38_143685_box_Incident_Summaries_173-233
Agency: Department of War
Page 88
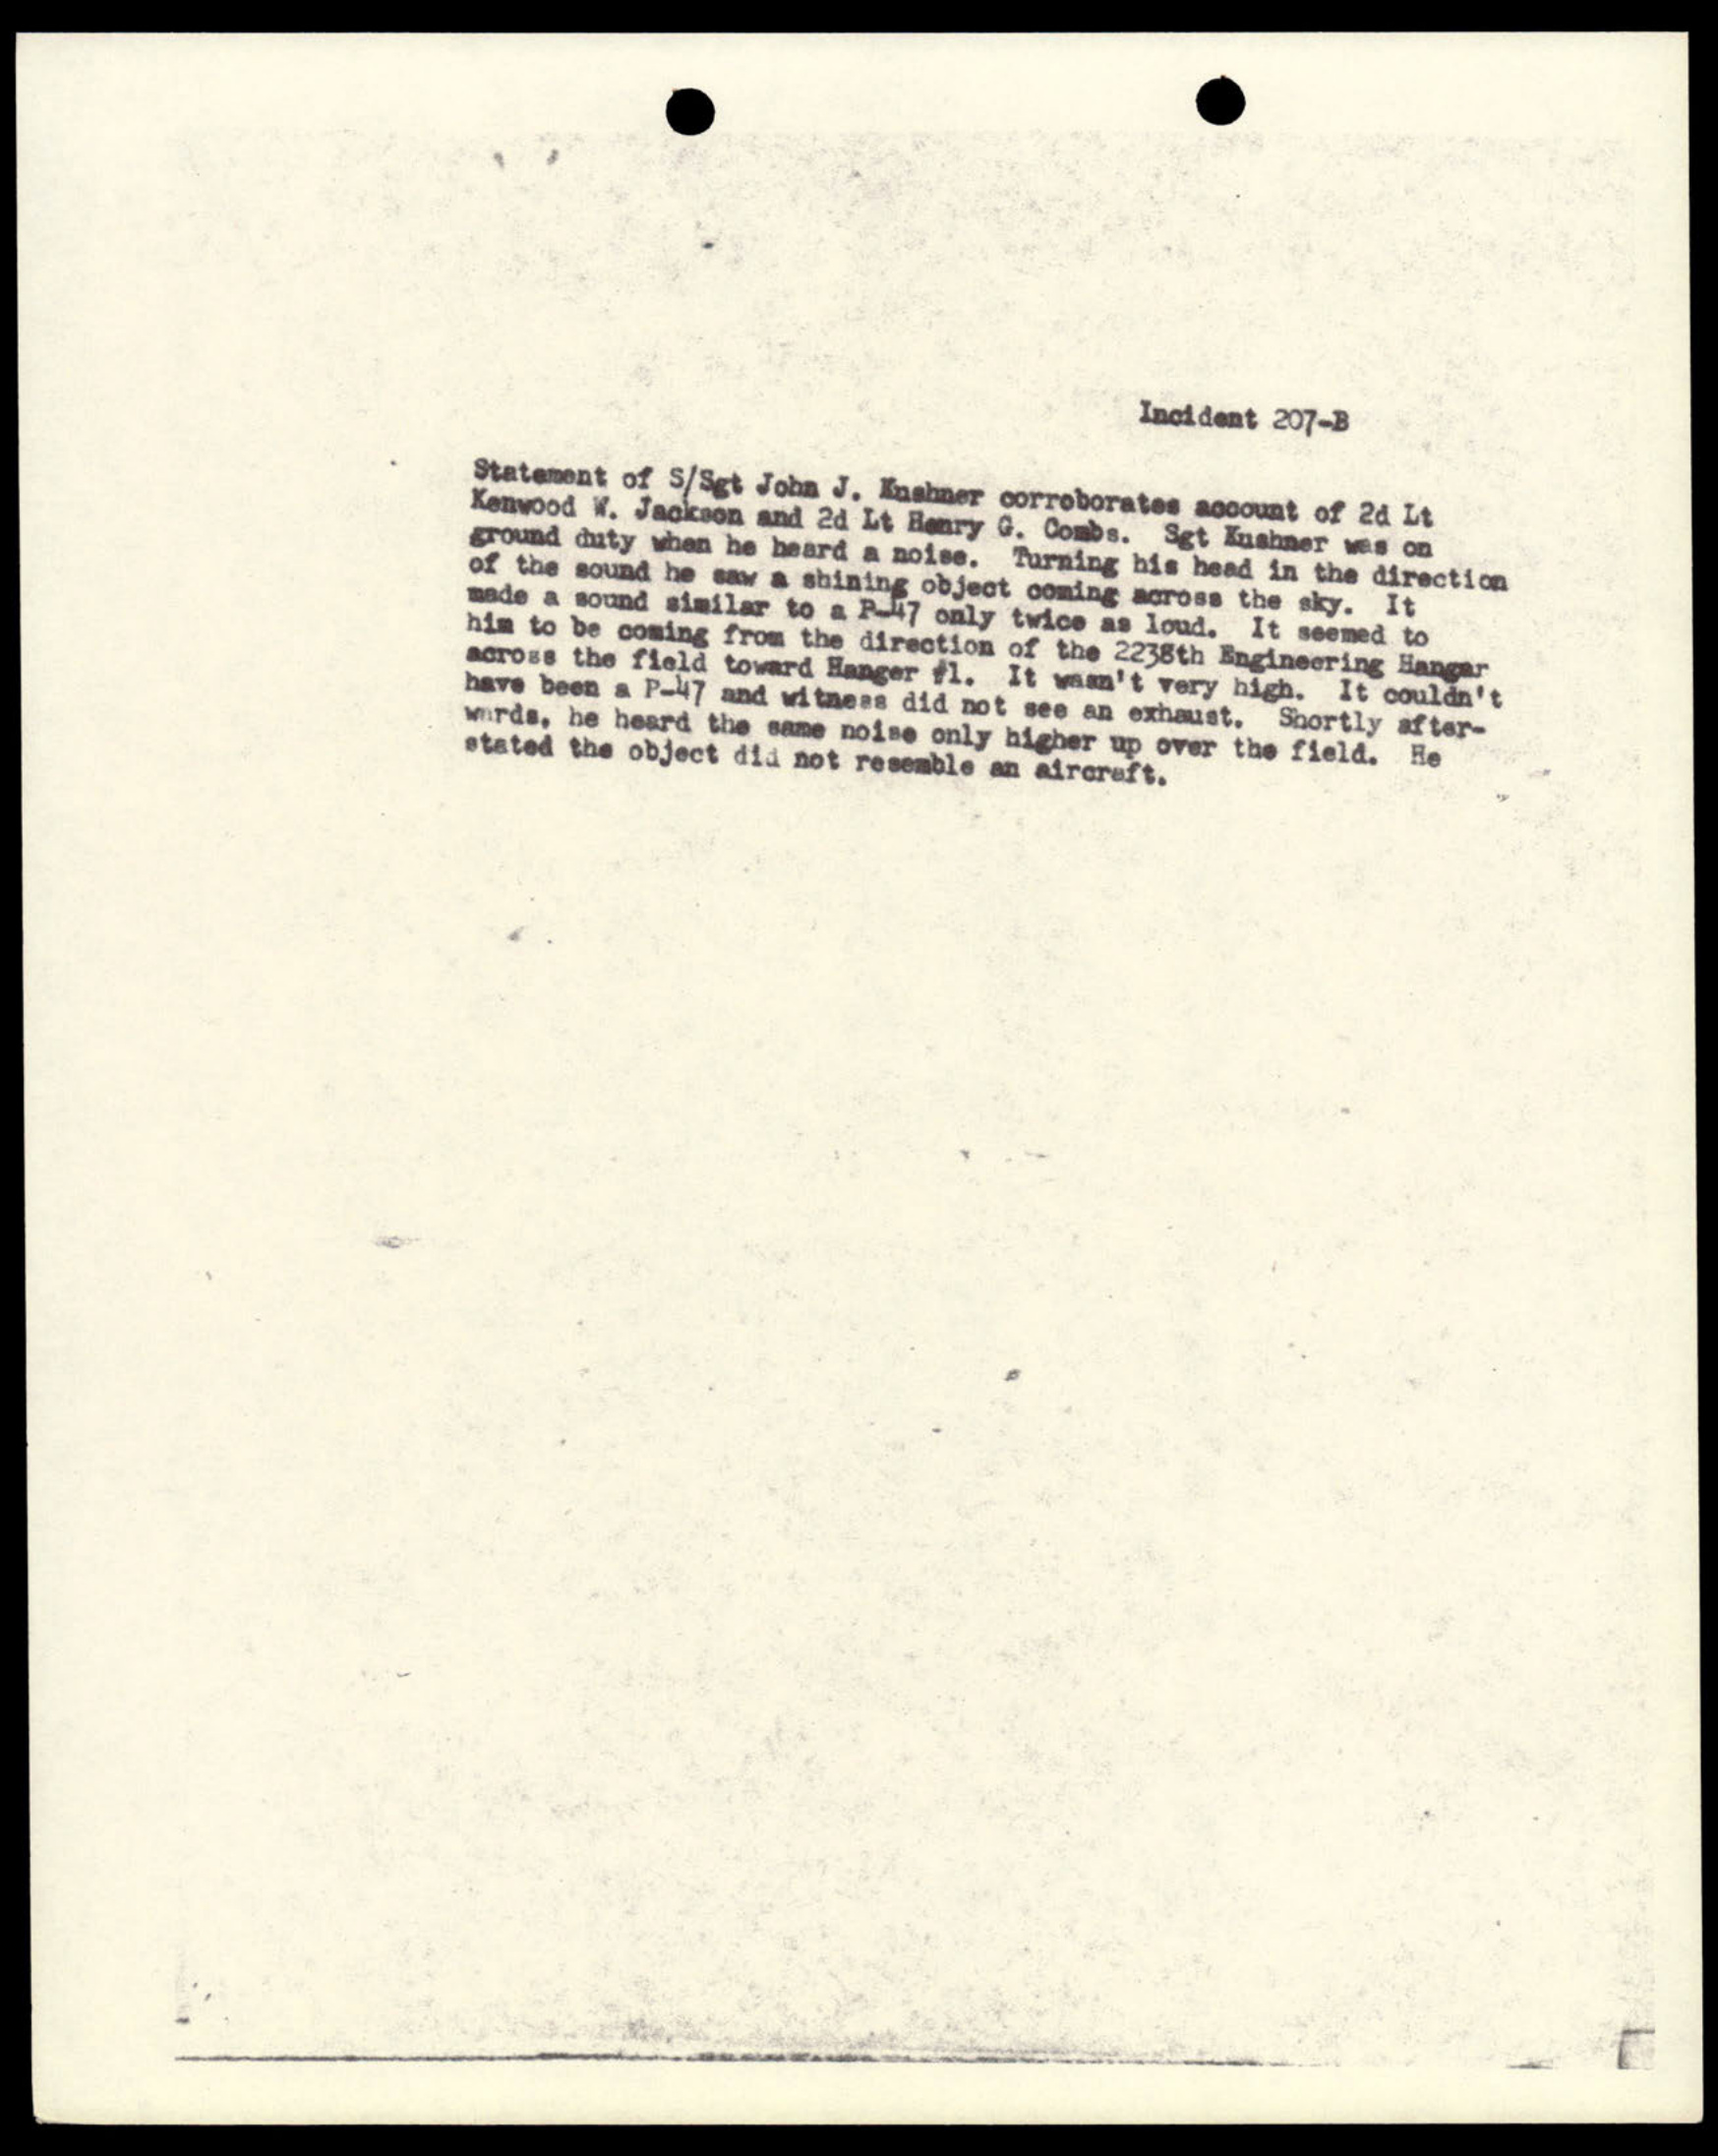